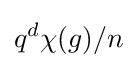
q^{d}\chi (g)/n